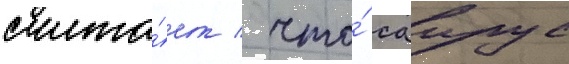
счита́ет / что́ саирус